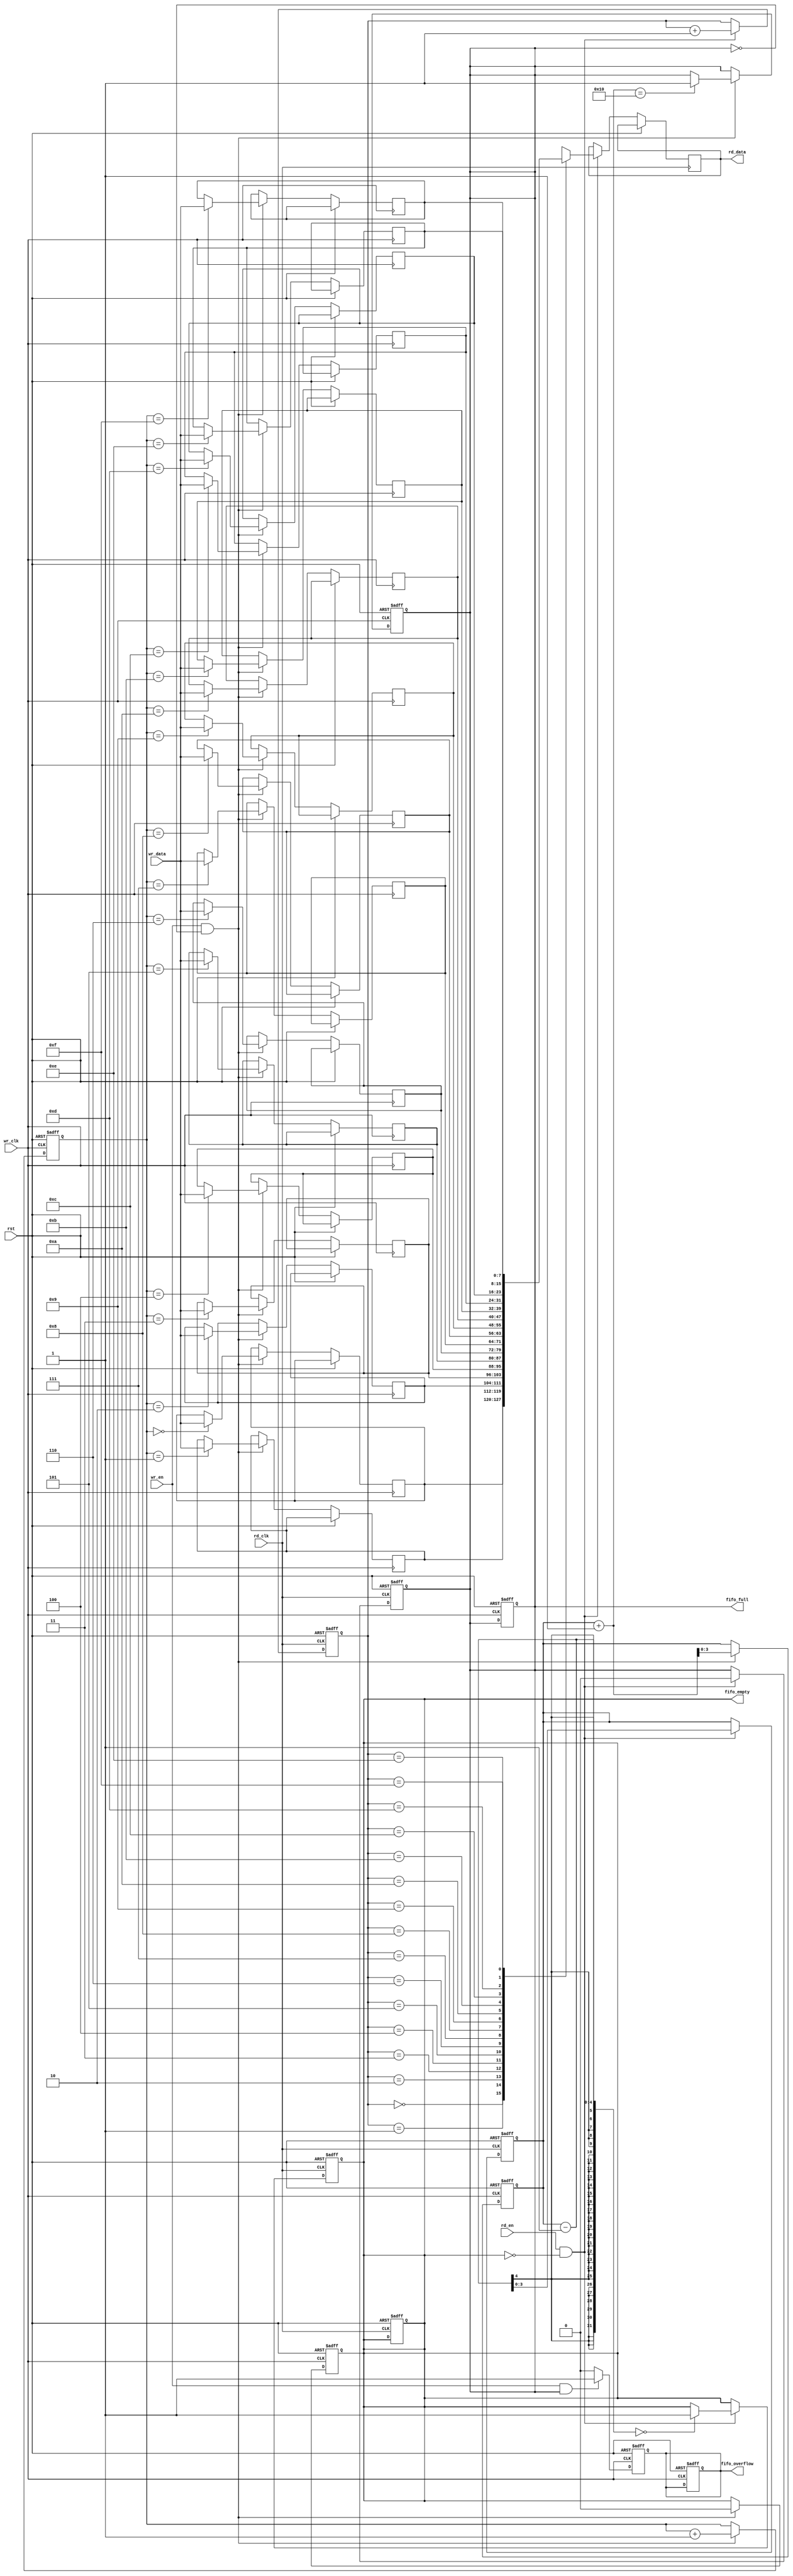
module AsyncFIFO (
    input  wire         wr_clk,       // Write clock
    input  wire         rd_clk,       // Read clock
    input  wire         wr_en,        // Write enable (from write clock domain)
    input  wire         rd_en,        // Read enable (from read clock domain)
    input  wire [7:0]  wr_data,      // Write data (8-bits wide)
    output reg  [7:0]  rd_data,      // Read data (8-bits wide)
    output reg         fifo_full,     // Full flag
    output reg         fifo_empty,    // Empty flag
    output reg         fifo_overflow,  // Overflow flag
    input  wire         rst            // Asynchronous reset
);

    // Parameters
    parameter FIFO_DEPTH = 16;         // Depth of FIFO
    parameter ADDR_WIDTH = 4;           // Address width for FIFO_DEPTH

    // Memory array
    reg [7:0] fifo_mem [0:FIFO_DEPTH-1];

    // Pointers
    reg [ADDR_WIDTH-1:0] wr_ptr;       // Write pointer
    reg [ADDR_WIDTH-1:0] rd_ptr;       // Read pointer
    reg [ADDR_WIDTH-1:0] wr_ptr_sync;  // Synchronized write pointer
    reg [ADDR_WIDTH-1:0] rd_ptr_sync;  // Synchronized read pointer

    // Track number of entries in FIFO
    reg [ADDR_WIDTH-1:0] count;

    // Asynchronous reset
    always @(posedge wr_clk or posedge rst) begin
        if (rst) begin
            wr_ptr <= 0;
            fifo_full <= 0;
            fifo_overflow <= 0;
        end else if (wr_en && !fifo_full) begin
            fifo_mem[wr_ptr] <= wr_data;
            wr_ptr <= wr_ptr + 1;
        end
    end

    always @(posedge rd_clk or posedge rst) begin
        if (rst) begin
            rd_ptr <= 0;
            fifo_empty <= 1;
        end else if (rd_en && !fifo_empty) begin
            rd_data <= fifo_mem[rd_ptr];
            rd_ptr <= rd_ptr + 1;
        end
    end

    // Full and empty flags
    always @(posedge wr_clk or posedge rst) begin
        if (rst) begin
            count <= 0;
            fifo_full <= 0;
            fifo_empty <= 1;
        end else if (wr_en && !fifo_full) begin
            count <= count + 1;
            if (count + 1 == FIFO_DEPTH) begin
                fifo_full <= 1;
            end
            fifo_empty <= 0;
        end
    end

    always @(posedge rd_clk or posedge rst) begin
        if (rst) begin
            count <= 0;
            fifo_full <= 0;
            fifo_empty <= 1;
        end else if (rd_en && !fifo_empty) begin
            count <= count - 1;
            if (count - 1 == 0) begin
                fifo_empty <= 1;
            end
            fifo_full <= 0;
        end
    end

    // Pointer Synchronization
    // For synchronization to prevent metastability
    always @(posedge wr_clk or posedge rst) begin
        if (rst) begin
            wr_ptr_sync <= 0;
        end else begin
            wr_ptr_sync <= wr_ptr;
        end
    end

    always @(posedge rd_clk or posedge rst) begin
        if (rst) begin
            rd_ptr_sync <= 0;
        end else begin
            rd_ptr_sync <= rd_ptr;
        end
    end

    // Overflow condition (when write occurs when full)
    always @(posedge wr_clk or posedge rst) begin
        if (rst) begin
            fifo_overflow <= 0;
        end else if (wr_en && fifo_full) begin
            fifo_overflow <= 1; // Set overflow if write is attempted when full
        end else begin
            fifo_overflow <= 0; // Clear overflow flag when write is successful
        end
    end

endmodule